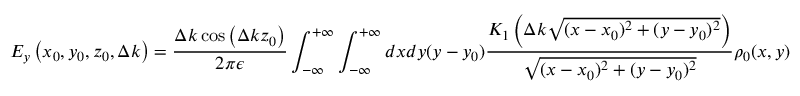
E _ { y } \left( x _ { 0 } , y _ { 0 } , z _ { 0 } , \Delta k \right) = \frac { \Delta k \cos \left( \Delta k z _ { 0 } \right) } { 2 \pi \epsilon } \int _ { - \infty } ^ { + \infty } \int _ { - \infty } ^ { + \infty } d x d y ( y - y _ { 0 } ) \frac { K _ { 1 } \left( \Delta k \sqrt { ( x - x _ { 0 } ) ^ { 2 } + ( y - y _ { 0 } ) ^ { 2 } } \right) } { \sqrt { ( x - x _ { 0 } ) ^ { 2 } + ( y - y _ { 0 } ) ^ { 2 } } } \rho _ { 0 } ( x , y )